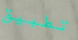
تطبيق